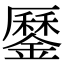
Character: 𨬑